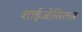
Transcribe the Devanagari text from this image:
शाईजोसिलस